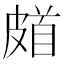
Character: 𩠗